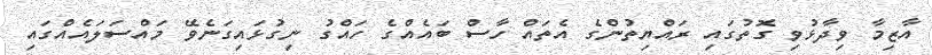
އާޒިމާ ވިދާޅުވި ގޮތުގައި ރައްޔިތުންގެ އެތައް ހާސް ބައެއްގެ ހައްގު ނިގުޅައިގަނެވޭ މައްސަލައެއްގައި